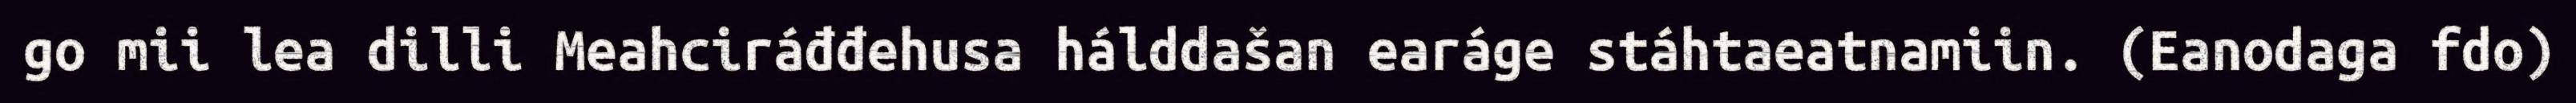
go mii lea dilli Meahciráđđehusa hálddašan earáge stáhtaeatnamiin. (Eanodaga fdo)